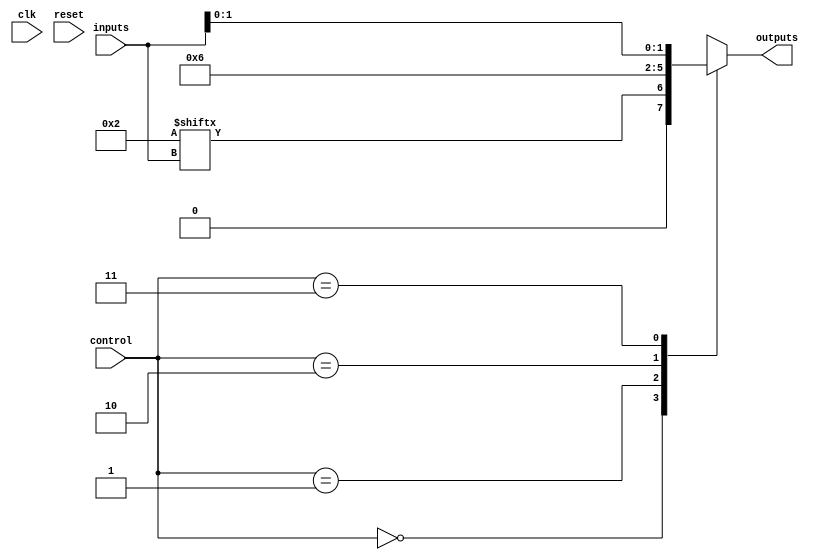
module combinational_logic_block (
    input wire [N-1:0] inputs,         // N input pins
    input wire [M-1:0] control,        // Control signals for multiplexer
    output wire [P-1:0] outputs,       // P output pins
    input wire clk,                     // Clock signal (for sequential support)
    input wire reset                    // Reset signal
);

parameter N = 4;                       // Number of inputs
parameter M = 2;                       // Number of control signals for multiplexer
parameter P = 2;                       // Number of outputs

// Look-Up Table storage (2^N entries)
reg [2**N-1:0] lut;                    // LUT for combinational logic
wire [P-1:0] lut_outputs;              // Outputs from LUT

// Multiplexer for output selection
reg [P-1:0] mux_out;

// Assign LUT output based on inputs
always @(*) begin
    lut_outputs = lut[{inputs[N-1], inputs[N-2], inputs[N-3], inputs[N-4]}]; // Assuming inputs are N bits
end

// Multiplexer logic
always @(*) begin
    case(control)
        // Select between LUT outputs and other configurations (example)
        2'b00: mux_out = lut_outputs;        // Output from LUT
        2'b01: mux_out = {1'b0, 1'b1};       // Example static output
        2'b10: mux_out = {1'b1, 1'b0};       // Another example static output
        2'b11: mux_out = inputs[1:0];       // Directly pass some inputs
        default: mux_out = {P{1'b0}};        // Default case
    endcase
end

// Assign output
assign outputs = mux_out;

// Initialize LUT values (example values)
initial begin
    lut = 16'b0000000000000000; // Initialize with zeros
    lut[0] = 1'b0;               // LUT entry for 0
    lut[1] = 1'b1;               // LUT entry for 1
    // Add additional LUT configurations as needed
end

endmodule